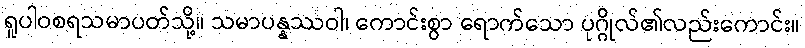
ရူပါဝစရသမာပတ်သို့။ သမာပန္နဿဝါ၊ ကောင်းစွာ ရောက်သော ပုဂ္ဂိုလ်၏လည်းကောင်း။